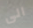
الى